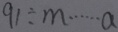
9 1 \div m \cdots a